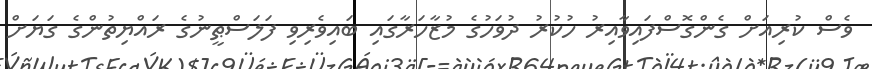
ވެސް ކުރިއަށް ގެންގޮސްފައިވާއިރު ހުކުރު ދުވަހުގެ މުޒާހަރާގައި ބައިވެރިވި ފަލަސްޠީނުގެ ރައްޔިތުންގެ ގަޔަށް